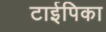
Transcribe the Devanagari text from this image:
टाईपिका